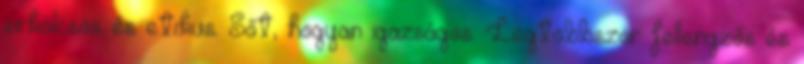
erkölcsös és etikus. Sőt, hogyan igazságos. Legtöbbször fellengzős és